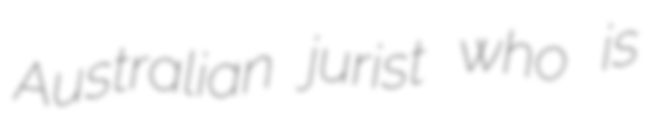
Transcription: Australian jurist who is